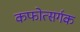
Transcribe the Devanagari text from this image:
कफोत्सर्गक